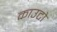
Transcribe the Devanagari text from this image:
काउटो